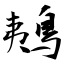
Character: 鴺